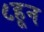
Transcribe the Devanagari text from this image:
८हून